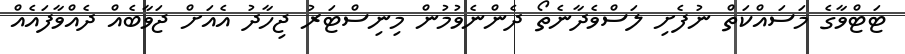
ޓަޓްވާގެ މަސައްކަތް ނުފެށި ލަސްވެދާނެތޯ ދެންނެވުމުން މިނިސްޓަރު ޖިހާދު އެއަށް ޖަވާބެއް ދެއްވާފައެއް